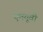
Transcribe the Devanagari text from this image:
एमयूवी